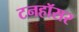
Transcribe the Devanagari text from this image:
टनहॉसर